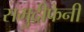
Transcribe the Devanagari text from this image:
समुद्रीफेनी